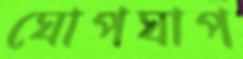
ঘোপঘাপ